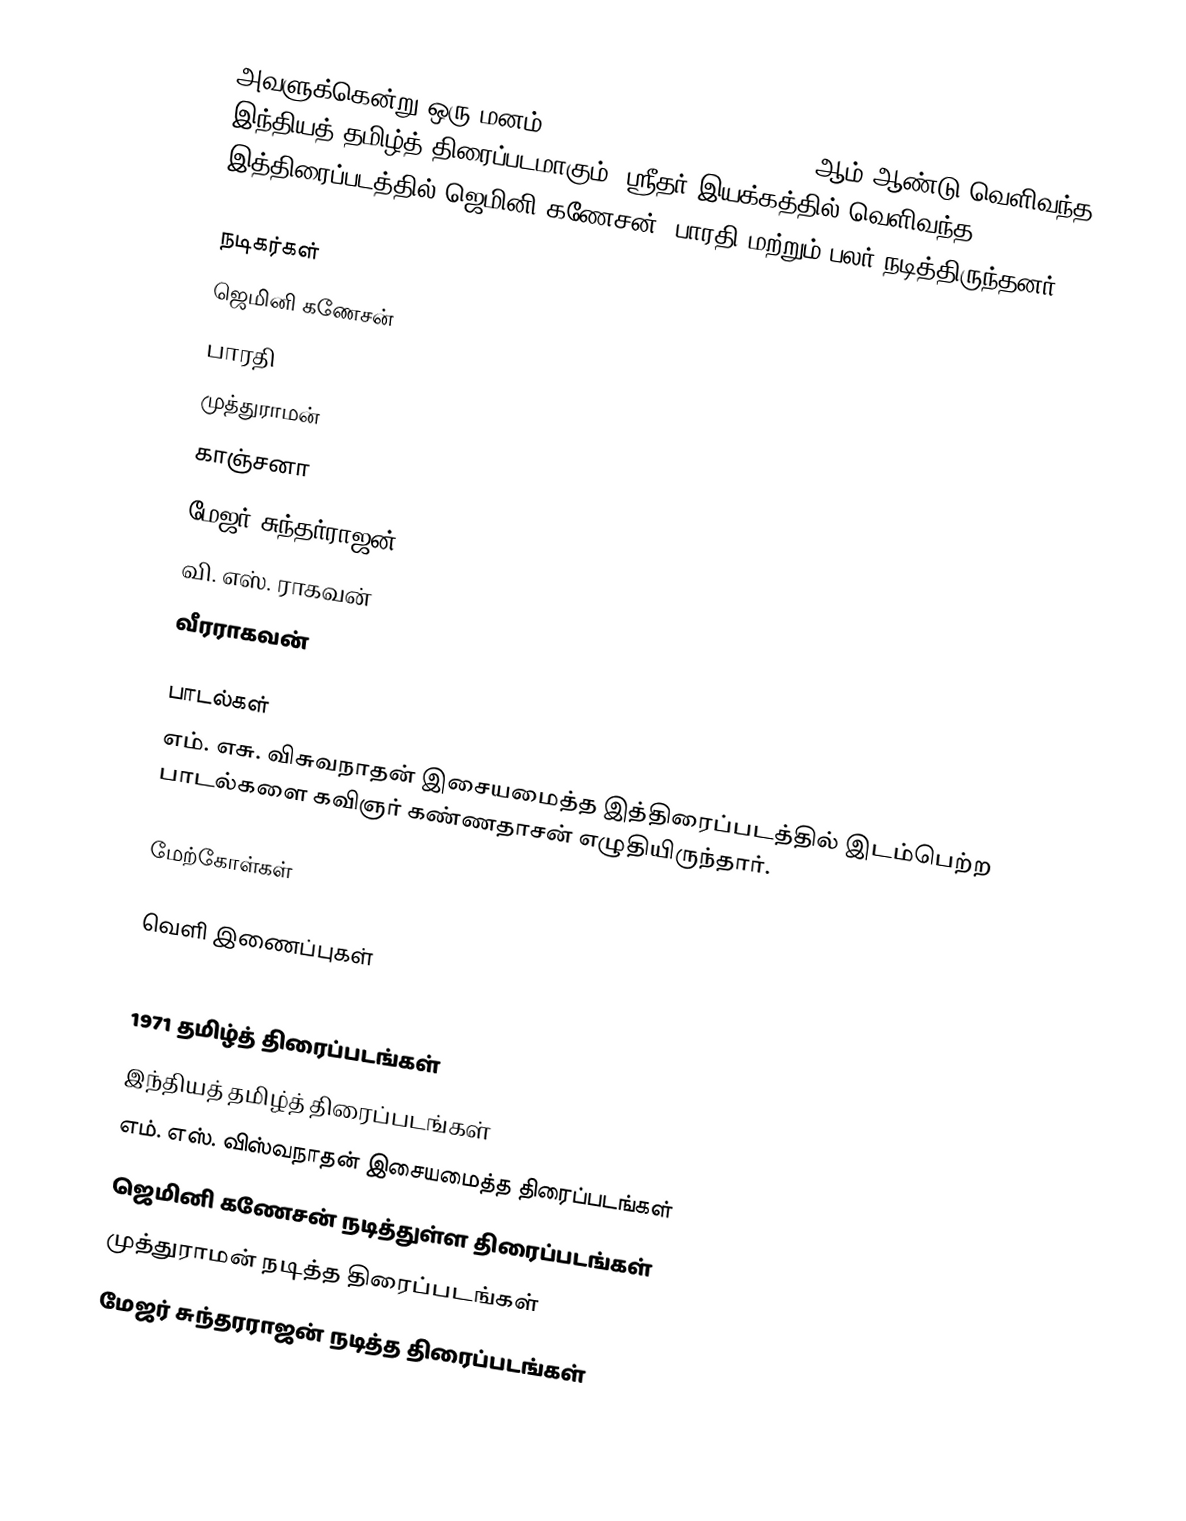
அவளுக்கென்று ஒரு மனம் (Avalukendru Or Manam) 1971 ஆம் ஆண்டு வெளிவந்த இந்தியத் தமிழ்த் திரைப்படமாகும். ஸ்ரீதர் இயக்கத்தில் வெளிவந்த இத்திரைப்படத்தில் ஜெமினி கணேசன், பாரதி மற்றும் பலர் நடித்திருந்தனர்.

நடிகர்கள்
ஜெமினி கணேசன்
பாரதி
முத்துராமன்
காஞ்சனா
மேஜர் சுந்தர்ராஜன்
வி. எஸ். ராகவன்
வீரராகவன்

பாடல்கள்
எம். எசு. விசுவநாதன் இசையமைத்த இத்திரைப்படத்தில் இடம்பெற்ற பாடல்களை கவிஞர் கண்ணதாசன் எழுதியிருந்தார்.

மேற்கோள்கள்

வெளி இணைப்புகள்

1971 தமிழ்த் திரைப்படங்கள்
இந்தியத் தமிழ்த் திரைப்படங்கள்
எம். எஸ். விஸ்வநாதன் இசையமைத்த திரைப்படங்கள்
ஜெமினி கணேசன் நடித்துள்ள திரைப்படங்கள்
முத்துராமன் நடித்த திரைப்படங்கள்
மேஜர் சுந்தரராஜன் நடித்த திரைப்படங்கள்